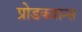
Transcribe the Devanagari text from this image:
प्रोडकशन्स